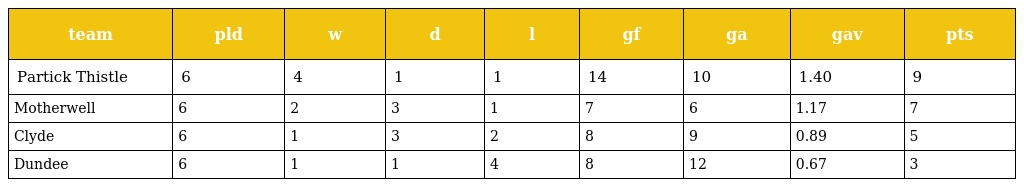
| team | pld | w | d | l | gf | ga | gav | pts |
 | --- | --- | --- | --- | --- | --- | --- | --- | --- |
 | Partick Thistle | 6 | 4 | 1 | 1 | 14 | 10 | 1.40 | 9 |
 | Motherwell | 6 | 2 | 3 | 1 | 7 | 6 | 1.17 | 7 |
 | Clyde | 6 | 1 | 3 | 2 | 8 | 9 | 0.89 | 5 |
 | Dundee | 6 | 1 | 1 | 4 | 8 | 12 | 0.67 | 3 |